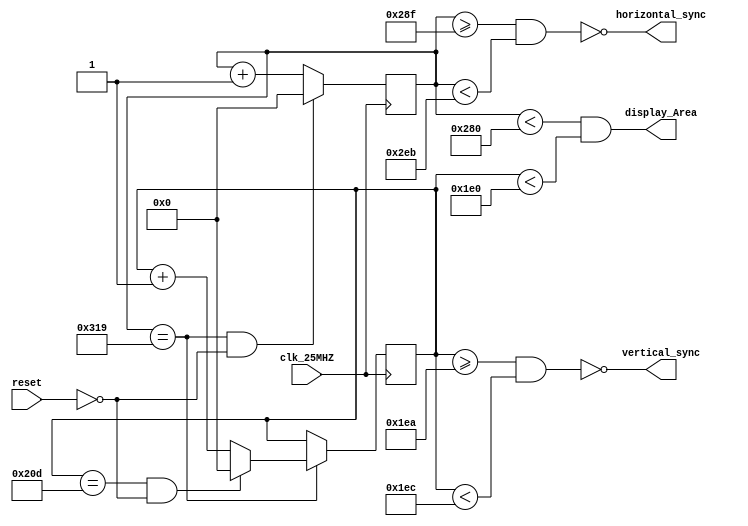
module VGA(
input clk_25MHZ, reset,
output horizontal_sync,
output vertical_sync,
output display_Area
);

reg [9:0] h_count;
reg [9:0] v_count;

parameter porch_horizontal_front = 640,
          start_horizontal_sync = 655,
          start_horizontal_back_porch = 747,
          total_lengh_line = 793;
			 
parameter start_vertical_front_porch = 480,
			 start_vertical_sync = 490,
			 start_vertical_back_porch = 492,
			 total_of_rows = 525;
always@(posedge clk_25MHZ) begin
	if((h_count == total_lengh_line) && (~reset))
		h_count <= 0;
		else
		h_count <= h_count +1;
end

always@(posedge clk_25MHZ) begin
	if(h_count == total_lengh_line) begin
		
		if((v_count == total_of_rows) &&(~reset))
			v_count <= 0;
			else
			v_count <= v_count + 1;
	end
end

assign horizontal_sync = ~((h_count >= start_horizontal_sync ) && (h_count < start_horizontal_back_porch));
assign vertical_sync = ~((v_count >= start_vertical_sync) && (v_count < start_vertical_back_porch));
assign display_Area = ((h_count < porch_horizontal_front) && (v_count < start_vertical_front_porch));
		
		
endmodule